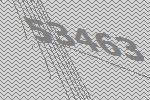
53463